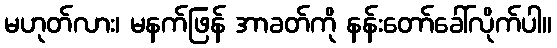
မဟုတ်လား၊ မနက်ဖြန် အာခတ်ကို နန်းတော်ခေါ်လိုက်ပါ။